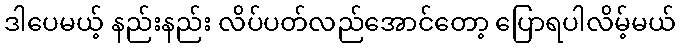
ဒါပေမယ့် နည်းနည်း လိပ်ပတ်လည်အောင်တော့ ပြောရပါလိမ့်မယ်